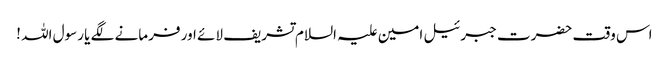
اس وقت حضرت جبرئیل امین علیہ السلام تشریف لائے اور فرمانے لگے یا رسول اللہ !